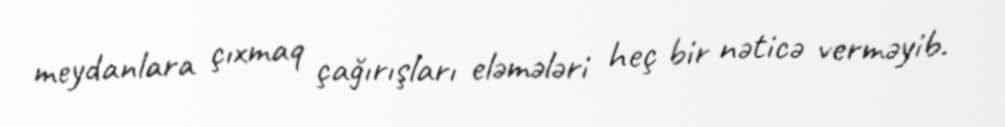
meydanlara çıxmaq çağırışları eləmələri heç bir nəticə verməyib.